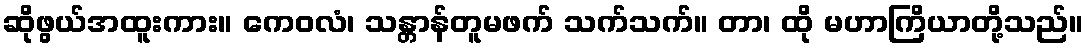
ဆိုဖွယ်အထူးကား။ ကေဝလံ၊ သန္တာန်တူမဖက် သက်သက်။ တာ၊ ထို မဟာကြိယာတို့သည်။